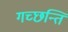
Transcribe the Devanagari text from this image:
गच्छन्ति